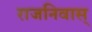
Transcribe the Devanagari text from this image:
राजनिवास्